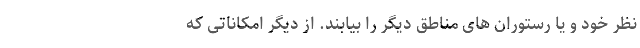
نظر خود و یا رستوران های مناطق دیگر را بیابند. از دیگر امکاناتی که